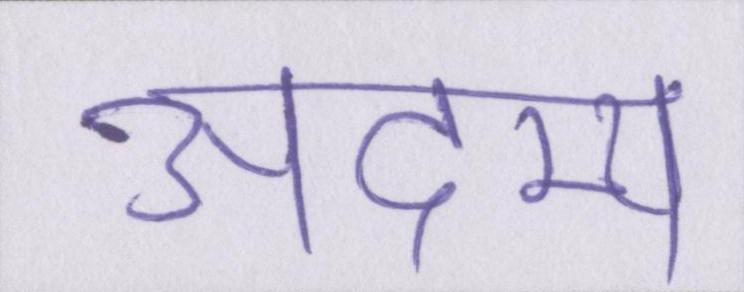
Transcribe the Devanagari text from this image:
अदम्य